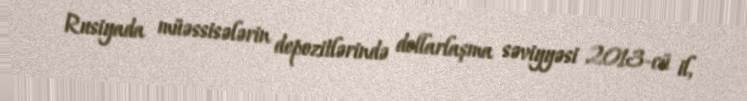
Rusiyada müəssisələrin depozitlərində dollarlaşma səviyyəsi 2013-cü il,